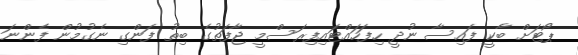
ޕޯޓަށް ބާކީ ފައިސާ ނުދީ ހިފަހައްޓައިފިރަސްމީ ޖާފަތުގެ ބިތު ފަންގި ނެގުމުން ފެންނަ